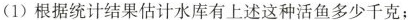
(1)根据统计结果估计水库有上述这种活鱼多少千克；